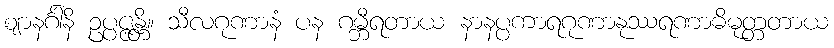
ဈာနင်္ဂါနိ ဥပ္ပဇ္ဇန္တိ။ သီလဂုဏာနံ ပန ဂမ္ဘီရတာယ နာနပ္ပကာရဂုဏာနုဿရဏာဓိမုတ္တတာယ